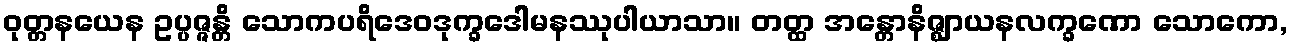
ဝုတ္တနယေန ဥပ္ပဇ္ဇန္တိ သောကပရိဒေဝဒုက္ခဒေါမနဿုပါယာသာ။ တတ္ထ အန္တောနိဇ္ဈာယနလက္ခဏော သောကော,